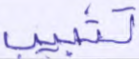
تتبيب